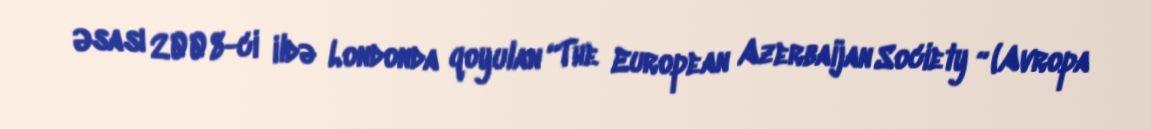
Əsası 2008-ci ildə Londonda qoyulan “The European Azerbaijan Society ” (Avropa